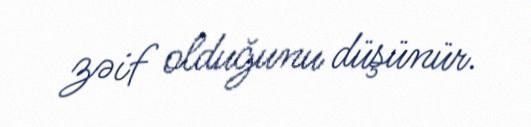
zəif olduğunu düşünür.